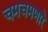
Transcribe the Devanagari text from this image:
चमचमणारे